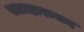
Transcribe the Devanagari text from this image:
सताहाराबाद